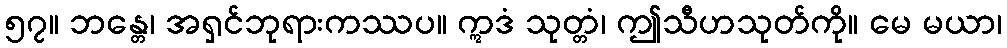
၅၇။ ဘန္တေ၊ အရှင်ဘုရားကဿပ။ ဣဒံ သုတ္တံ၊ ဤသီဟသုတ်ကို။ မေ မယာ၊